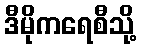
ဒီမိုကရေစီသို့